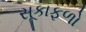
સૂકાફળો